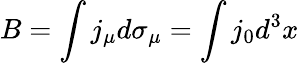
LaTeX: B=\int j_{\mu}d\sigma_{\mu}=\int j_{0}d^{3}x